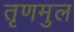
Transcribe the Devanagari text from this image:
तृणमुल